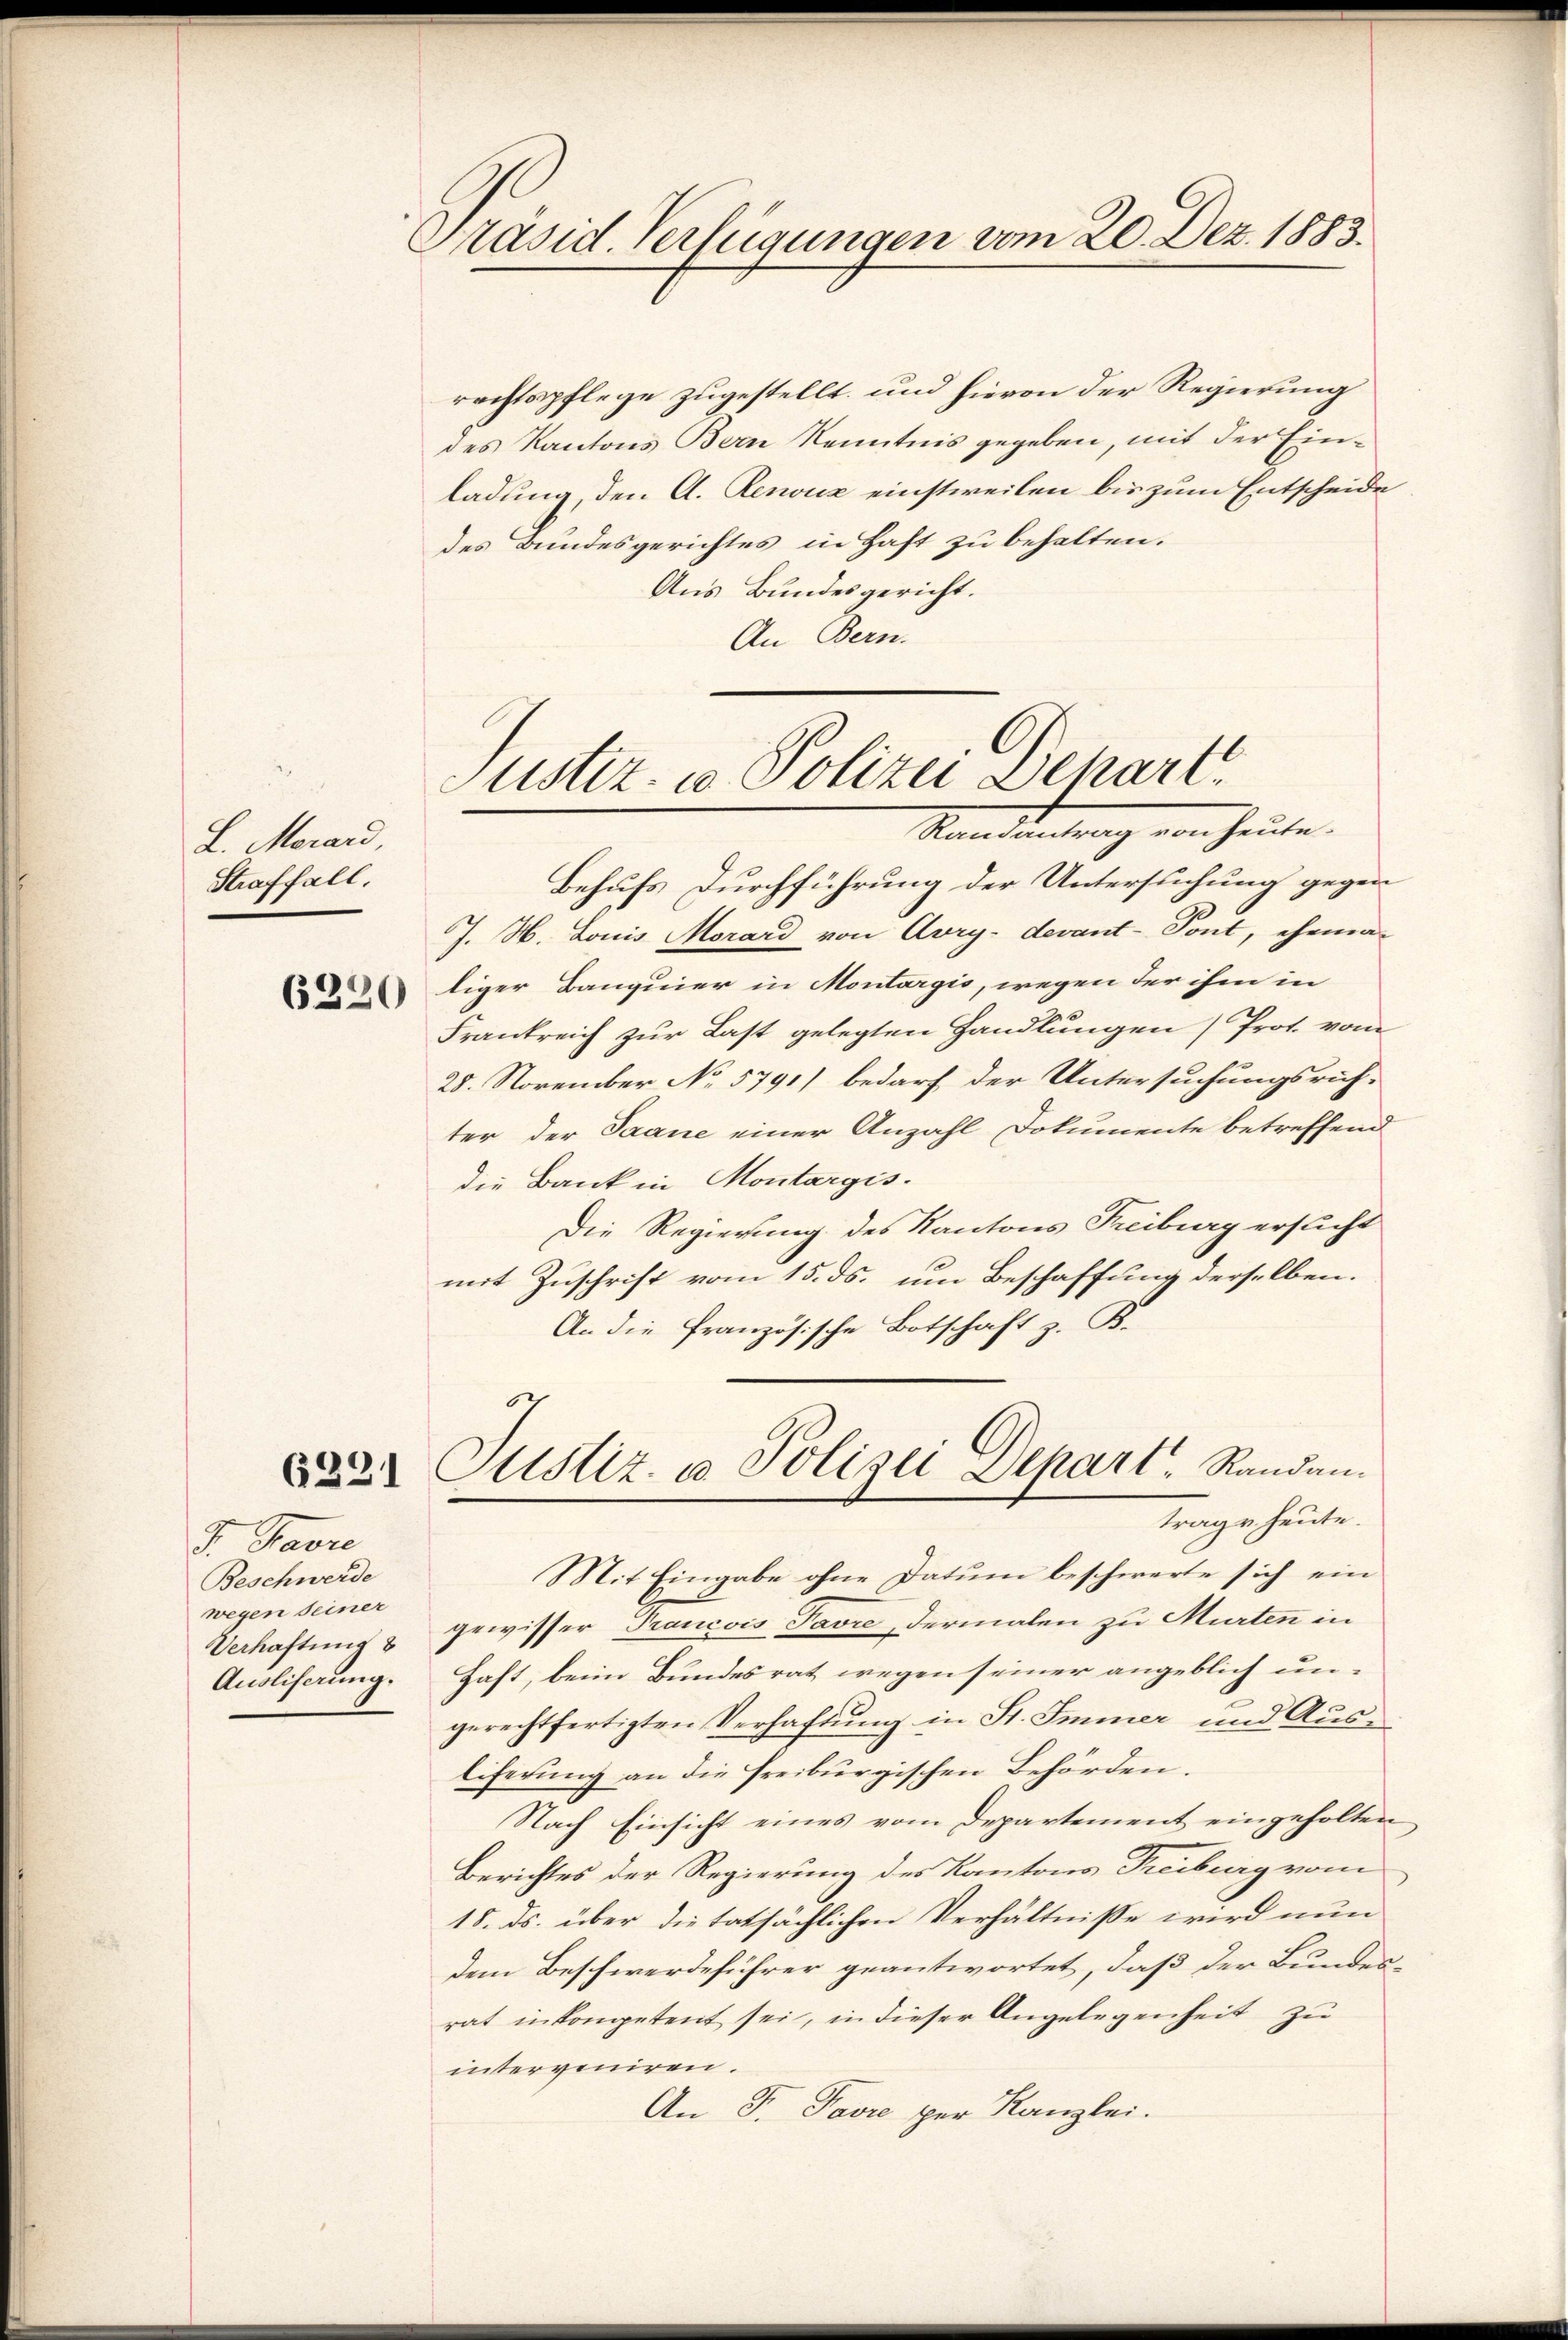
L. Morard,
Straffall.

6220

6321

J. Baure
Beschwerde
wegen seiner
Verhaftung
Ausliserung.

Präsid. Verfügungen vom 20. Dez. 1883.

rechtspflege zugestellt, und hievon der Regierung
des Kantons Bern Kenntnis gegeben, mit der Einladung, den A. Renuz einstweilen bis zum Entscheide
des Bundesgerichtes in Haft zu behalten.
Aus Bundesgericht.
An Bern.

Justiz- u. Polizei Dehart
Ranantrag von heute.

Behufs Durchführung der Untersuchung gegen
J. H. Louis Morard von Avry- devant-Tont, ehema-
liger Banquier in Montargis, wegen der ihm in
Frankreich zur Last gelegten Handlungen (Prot. vom
28. November No 5791) bedarf der Untersuchungsrich-
ter der Saane einer Anzahl Dokumente betreffend
die Bank in Montargis
Die Regierung des Kantons Freiburg ersucht
mit Zuschrift vom 15. ds. um Beschaffung derselben.
An die französische Botschaft z. B.

.
Justiz- u Polizei Depart, Randantrage heute.

Mit Eingabe ohne Datum beschwerte sich ein
gewisser Trancois Favre, dermalen zu Murten in
Haft, beim Bundesrat wegen seiner angeblich ungerechtfertigten Verhaftung in St. Immer und Aus-
liferung an die freiburgischen Behörden.
Nach Einsicht eines vom Departement eingeholten
Berichtes der Regierung des Kantons Treiburg vom
18. ds. über die tatsächlichen Verhältnisse wird nun
dem Beschwerdeführer geantwortet, daß der Bundes-
rat in kompetent sei, in dieser Angelegenheit zu
interveniren.
An F. Favre per Kanzlei.